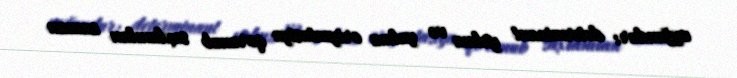
uyğundur: determinant yalnız və yalnız oriyentasiya qorunub saxlanılan zaman